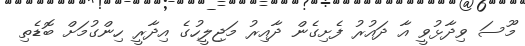
މޫސަ ވިދާޅުވީ އާ ދައުރު ފެށިގެން ދާއިރު މަޖިލީހުގެ އިދާރީ ހިންގުމަށް ބޮޑެތި